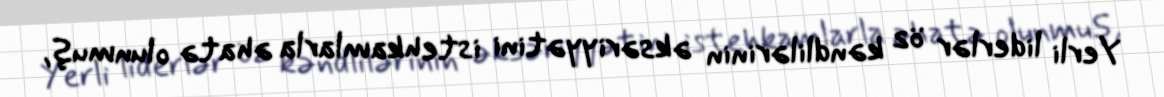
Yerli liderlər öz kəndlilərinin əksəriyyətini istehkamlarla əhatə olunmuş,